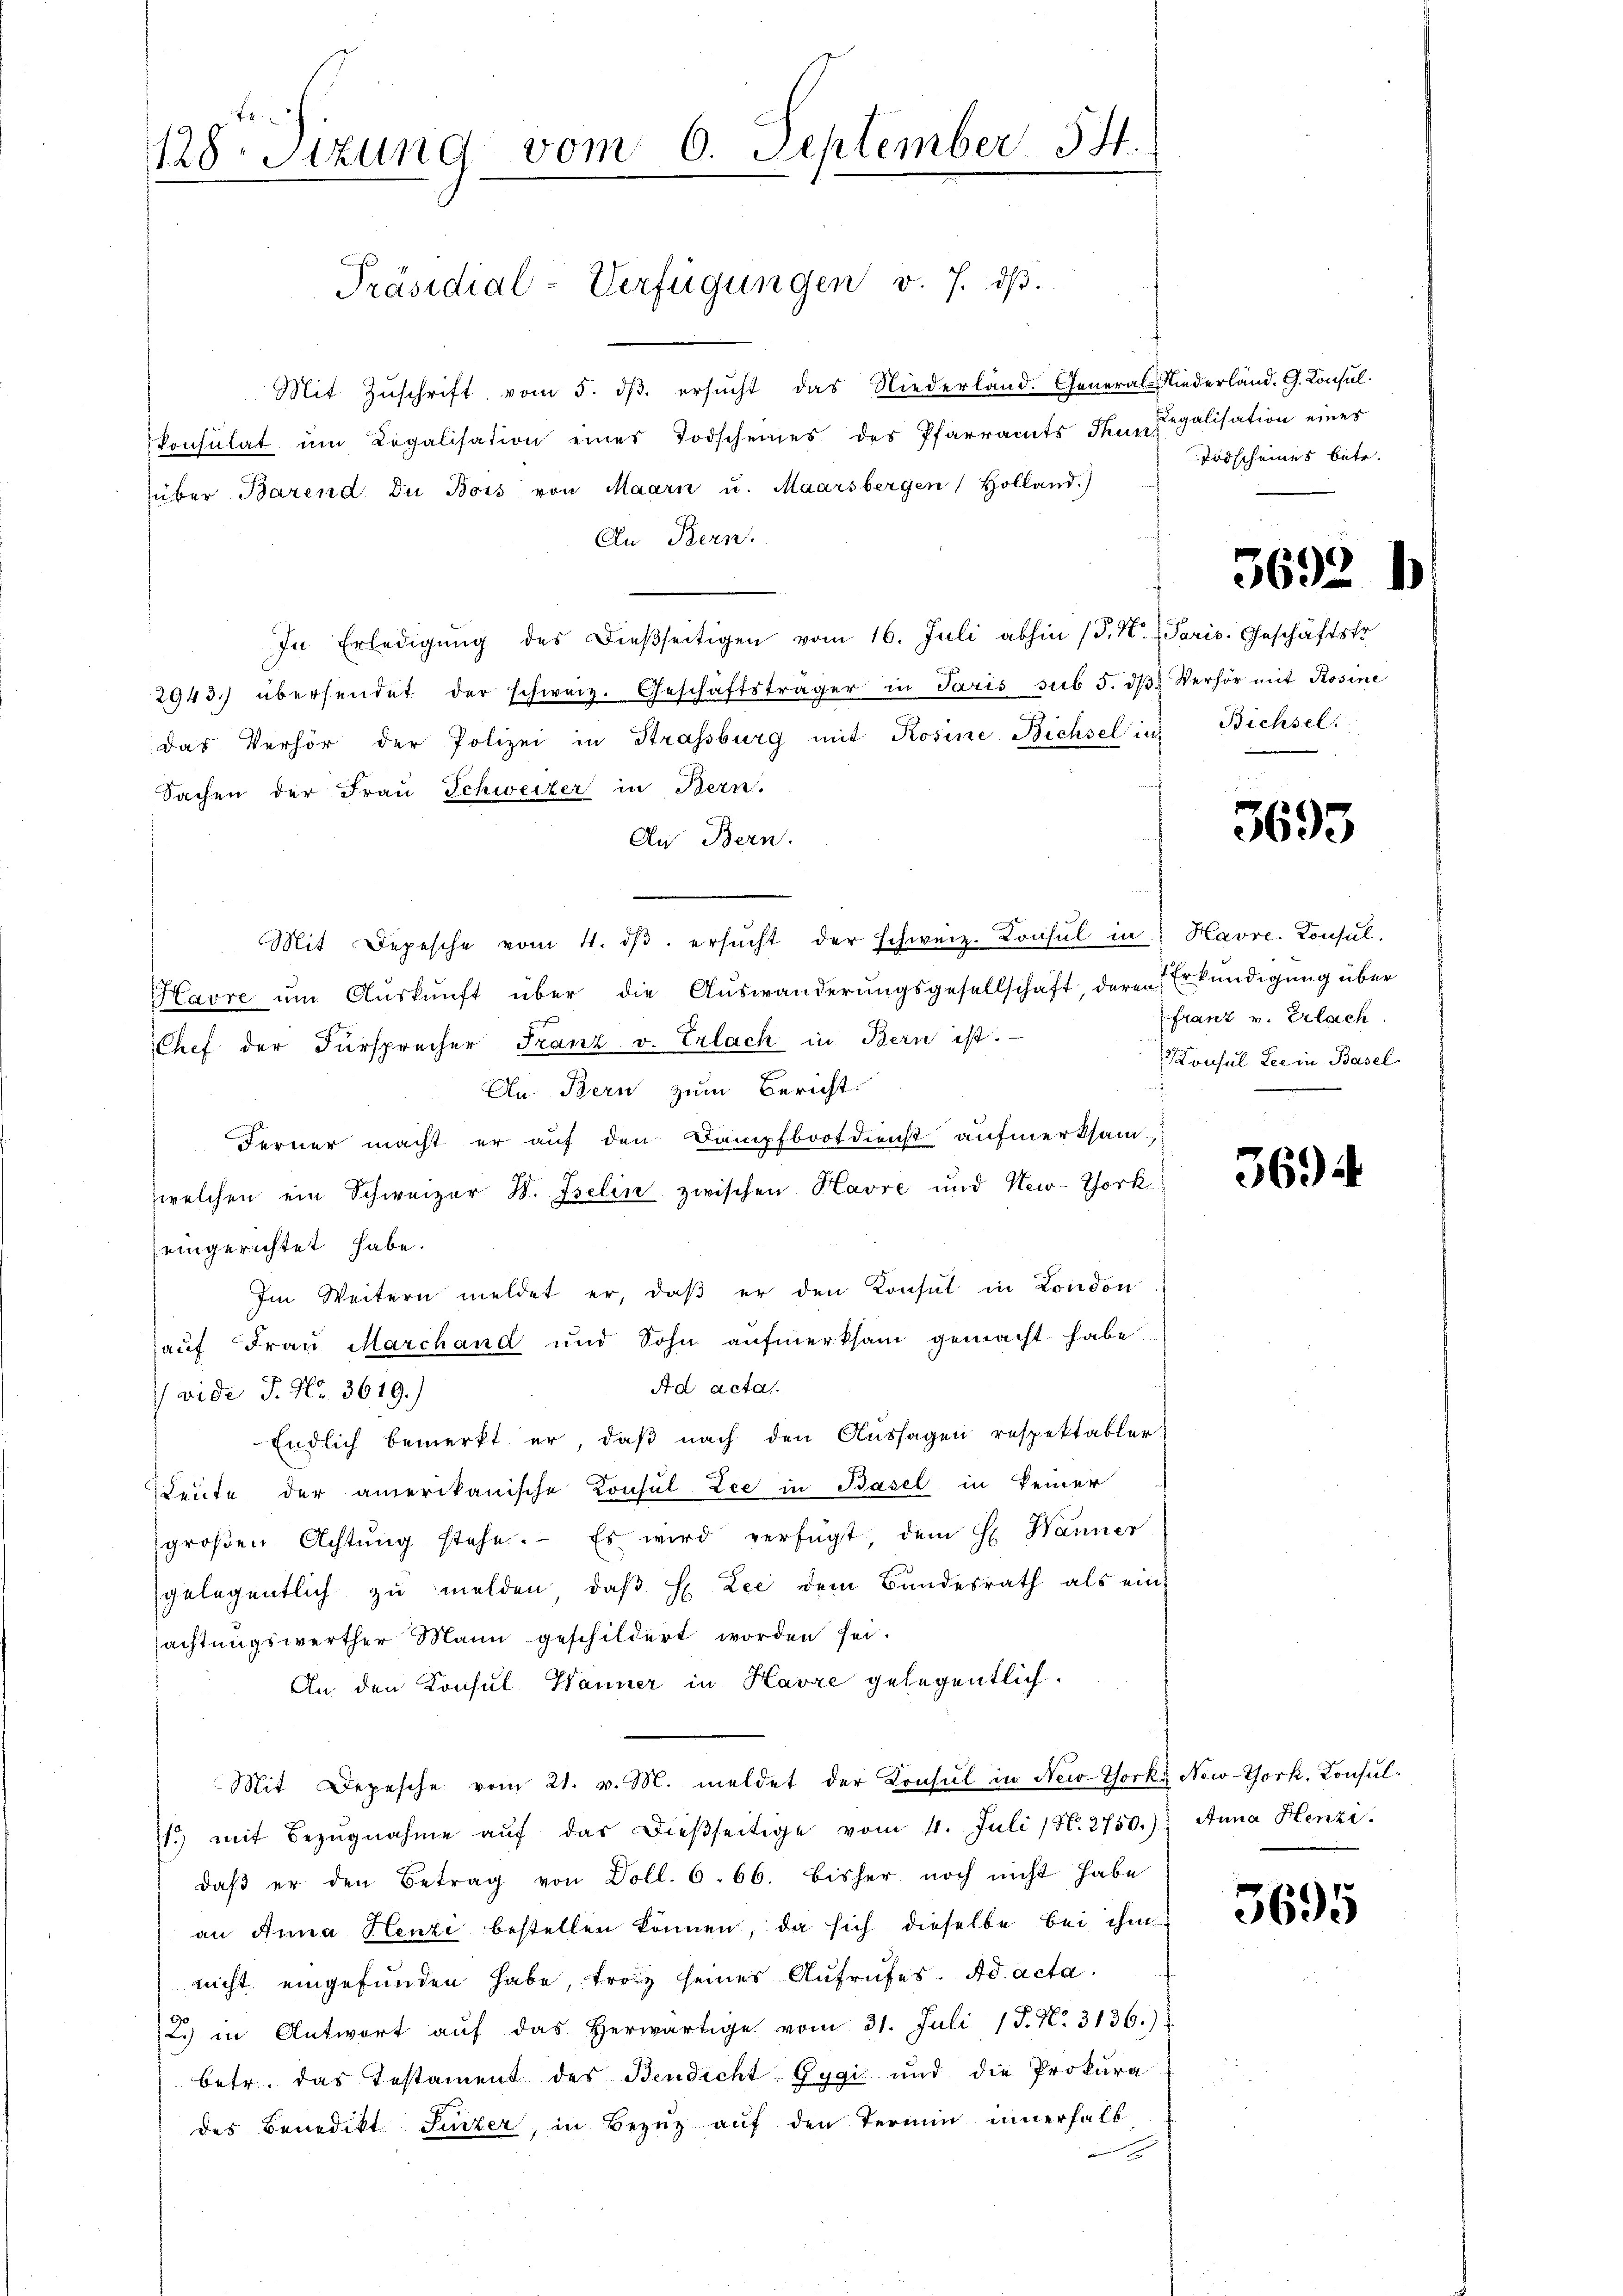
Mit Zŭschrift vom 5. dβ ersŭcht das Niederland. General Niederland. G. Consul
Consulat ŭm Legalisation eines Todscheines des Pfarramts Thun legalisation eines
über Barend Du Bois von Maarn u. Maarsbergen Holland.)
An Bern.
In Erledigŭng des Dieβseitigen vom 16. Juli abhin (S. M. Paris. Geschäftstr
2943.) übersendet der schweiz. Geschäftsträger in Paris sub 5. dβ Verhör mit Rosine
das Verhör der Polizei in Strassburg mit Rosine Bichsel in
Sachen der Frau Schweizer in Bern.
An Bern.
Mit Depesche vom 4. dβ. ersŭcht der schweiz. Consul in Havre. Konsul-
Havre ŭm Aŭskŭnft über die Auswanderungsgesellschaft, deren Erkundigung über
Chef der Fürsprecher Franz v. Erlach in Bern ist.
An Bern zum Bericht:
Ferner macht er auf den Dampfbrotdienst aufmerksam-
welchen ein Schweizer B. Iselin zwischen Havre und New-York
eingerichtet habe.
Im Weitern meldet er, daβ er den Konsul in London
auf Frau Marchand und Sohn aŭfmerksam gemacht habe:
Ad acta
wide P. Nr. 3619.)
Endlich bemerkt er, daß nach den Aussagen respektabler
Leute der amerikanische Konsul Lee in Basel in keiner
groβen Achtŭng stehe. Es wird verfügt, dem H. Wanner
gelegentlich zu melden, daß H. Lee dem Bundesrath als ein
sachtungswerther Mann geschildert worden sei.
An den Konsul Wanner in Havre gelegentlich
Mit Depesche vom 21. v. M. meldet der Konsul in New-York New-York, Konsul¬
.) mit Bezŭgnahme aŭf das dießseitige vom 4. Juli (N. 2750.) Anna Henzi
daβ er den Betrag von Doll. 6. 66. bisher noch nicht habe
an Anna Henzi bestellen können, da sich dieselbe bei ihm
nicht eingefunden habe, trotz seines Aufrufes. Ad acta.
2) in Antwort aŭf das herwärtige vom 31. Juli 18. No. 3136.)
betr. das Testament des Bendicht Gygi und die Prokura-
des Benedikt Sunzer, in Bezug auf den Termin innerhalb

128 Sizung vom 6. September 54.

Präsidial-Verfügungen v. J. dß.

Erdscheines betr.

3692 h

Bichsel.

3693

franz v. Erlach.
 Konsul Les in Basel

3694

3695